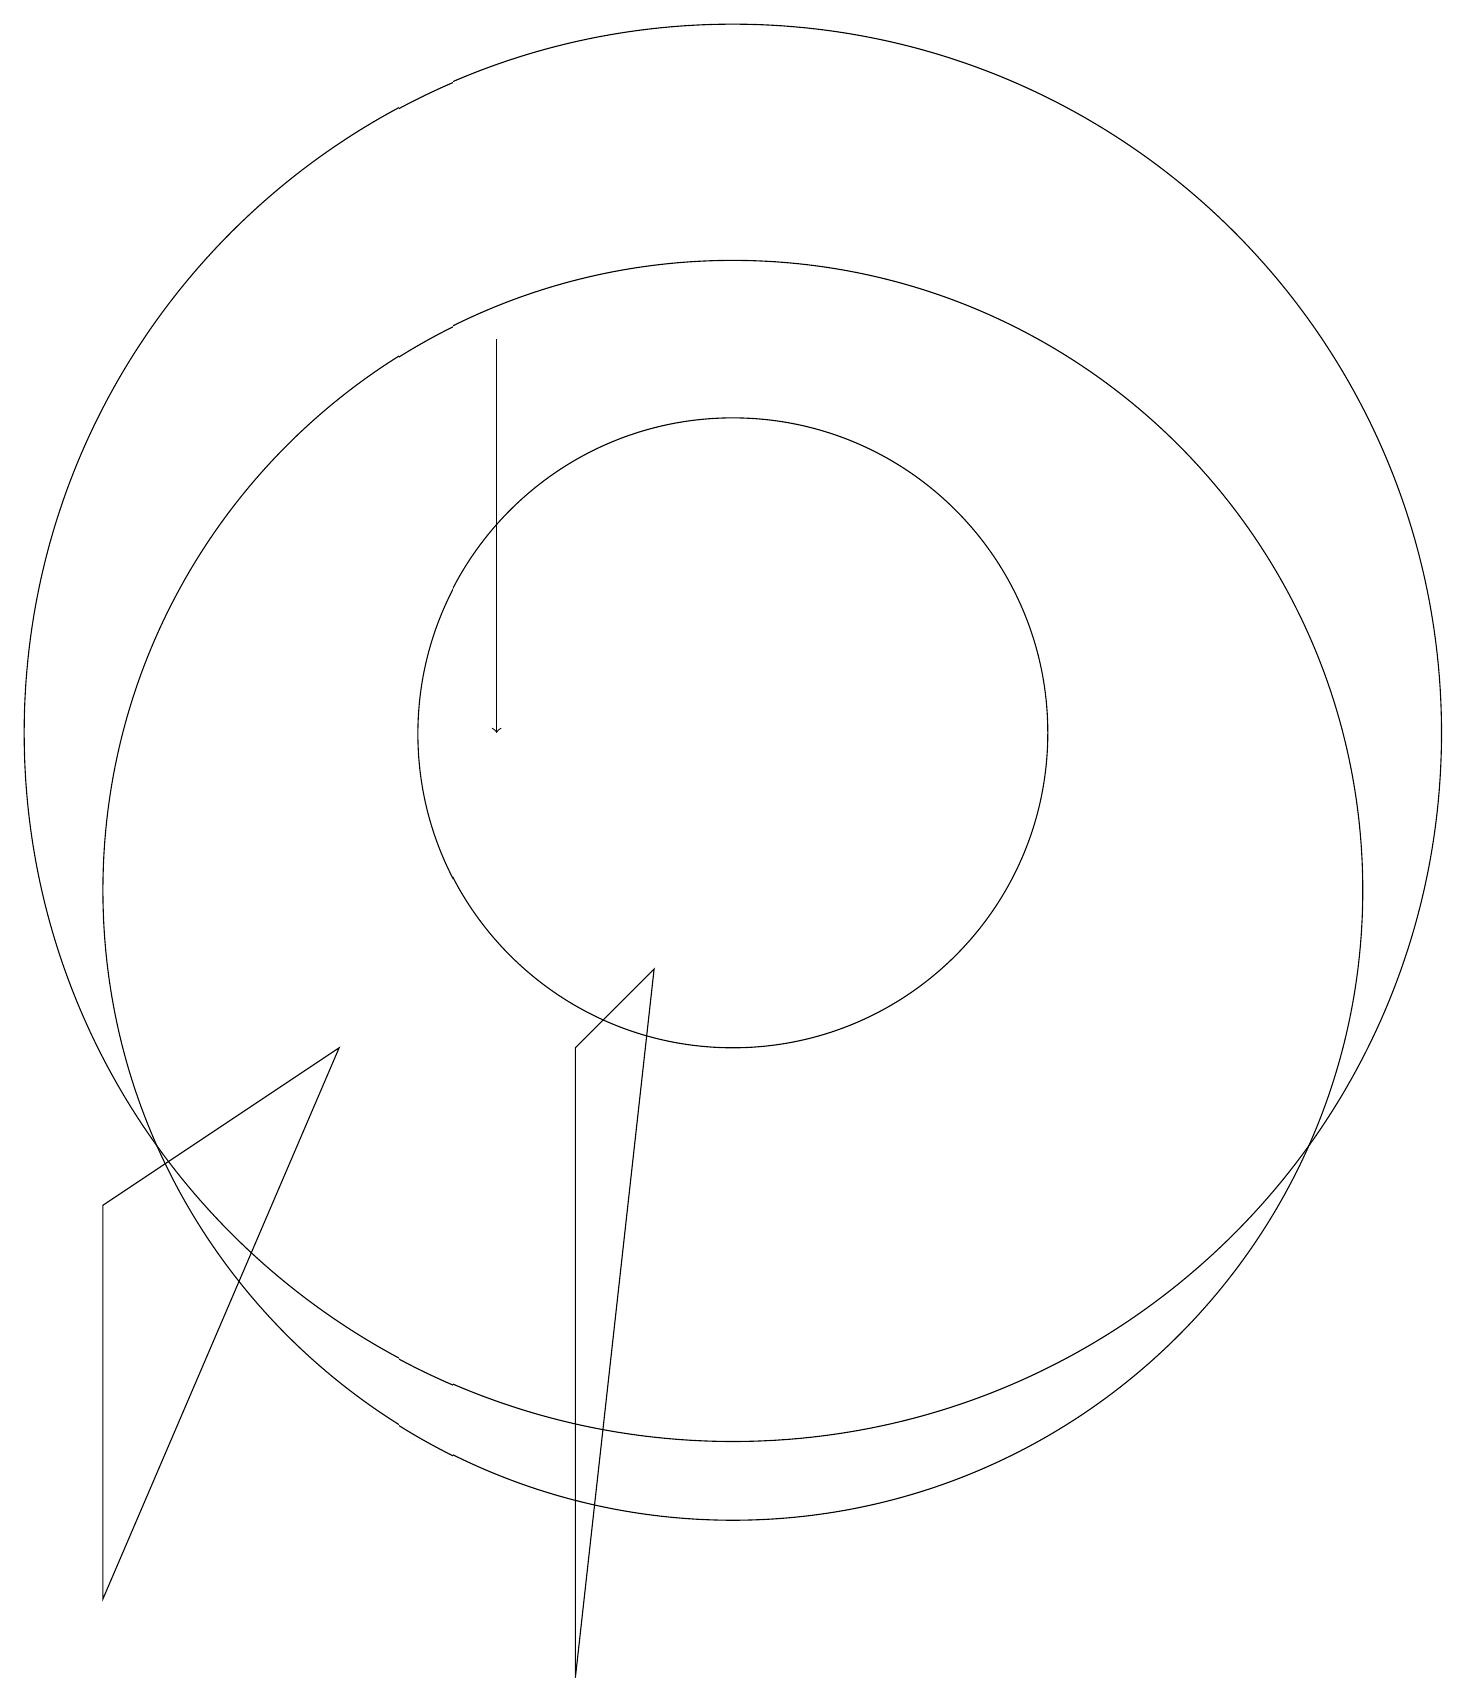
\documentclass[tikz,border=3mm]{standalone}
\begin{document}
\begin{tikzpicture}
\draw (2,1) -- (2,6) -- (5,8) -- cycle;
\draw (10,12) circle (9);
\draw (10,10) circle (8);
\draw[->] (7,17) -- (7,12);
\draw (10,12) circle (4);
\draw (9,9) -- (8,0) -- (8,8) -- cycle;
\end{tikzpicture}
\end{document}